Civil Veterinary Department. United Provinces 1912-22 - 1912-1922
Year: 1912
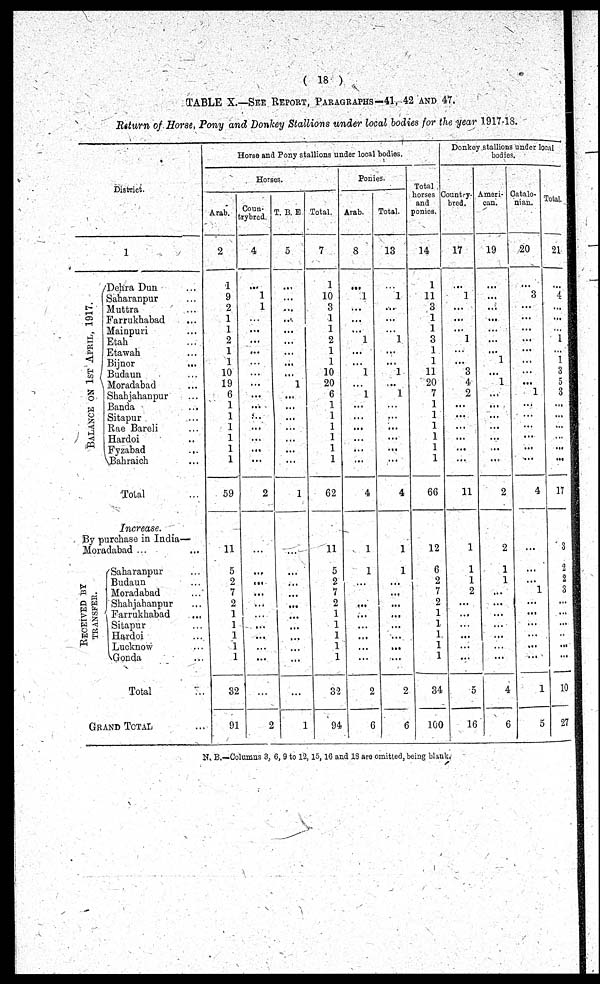
(18)
TABLE X.—See Report, Paragraphs—41, 42 and 47.
Return of Horse, Pony and Donkey Stallions under local bodies for the year 1917-18.
District.
Ba l
a nc e on 1st Apr i l , 1917.
1
Dehra Dun ...
Saharanpur ...
Muttra ...
Farrukhabad ...
Mainpuri ...
Etah ...
Etawah ...
Bijnor ...
Budaun ...
Moradabad ...
Shahjahanpur ...
Banda ...
Sitapur ...
Rae Bareli ...
Hardoi ...
Fyzabad
...
Bahraich
Total
Increase.
By purchase in India—
Moradabad ... ...
Re c e ive d by
TRANSFER.
Saharanpur ...
Budaun ...
Moradabad ...
Shahjahanpur ...
Farrukhabad ...
Sitapur ...
Hardoi ...
Lucknow ...
Gonda ...
Total
Grand Total ...
Horse and Pony stallions under local bodies.
Horses
Arab.
2
1
9
2
1
1
2
1
1
10
19
6
1
1
1
1
1
1
59
11
5
2
7
2
1
1
1
1
1
32
91
Coun-
trybred.
4
...
1
1
...
...
...
...
...
...
...
...
...
...
...
...
...
2
...
...
...
...
...
...
...
...
...
...
2
t. b. e
5
i
...
...
...
...
...
...
...
...
1
...
...
...
...
...
...
...
1
...
...
...
...
...
...
...
...
...
...
1
Total.
7
1
10
3
1
1
2
1
1
10
20
6
1
1
1
1
1
1
62
11
5
2
7
2
1
1
1
1
1
32
94
Ponies.
Arab.
8
...
1
...
...
1
...
...
1
1
...
...
...
...
...
...
4
1
1
...
...
...
...
...
...
...
2
6
Total.
13
...
1
...
...
1
...
...
1
...
1
...
...
...
...
...
...
4
1
1
...
...
...
...
...
...
...
2
6
Total
horses
and
ponies.
14
1
11
3
1
...
...
1
11
20
...
...
...
...
...
...
...
66
12
6
2
...
...
...
...
...
...
34
100
Donkey stallions under local
bodies.
Country-
bred.
17
...
1
...
...
1
...
...
3
4
2
...
...
...
...
...
...
11
1
1
1
2
...
...
...
...
...
5
16
Ameri-
can.
19
...
...
...
...
...
...
1
...
1
...
...
...
...
...
...
...
2
2
1
1
...
...
...
...
...
...
4
6
Catalo-
nian.
20
...
3
...
...
...
...
...
...
...
1
...
...
...
...
...
...
4
...
...
...
1
...
...
...
...
...
1
5
Total.
21
...
4
...
...
1
...
1
3
5
3
...
...
...
...
...
17
3
2
2
3
...
...
...
...
...
10
27
N. B.—Columns 3, 6, 9 to 12, 15, 16 and 18 are omitted, being blank.